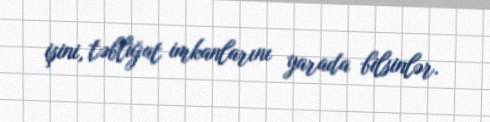
işini, təbliğat imkanlarını yarada bilsinlər.